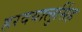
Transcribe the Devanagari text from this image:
हरदयालुसिंह